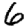
Digit: 6